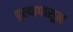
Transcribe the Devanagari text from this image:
दृश्यापासून